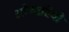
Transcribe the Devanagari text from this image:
ओण्टरियो